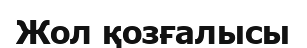
Жол қозғалысы